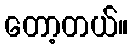
တော့တယ်။